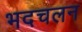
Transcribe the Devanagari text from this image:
भदचलन